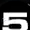
Digit: 5